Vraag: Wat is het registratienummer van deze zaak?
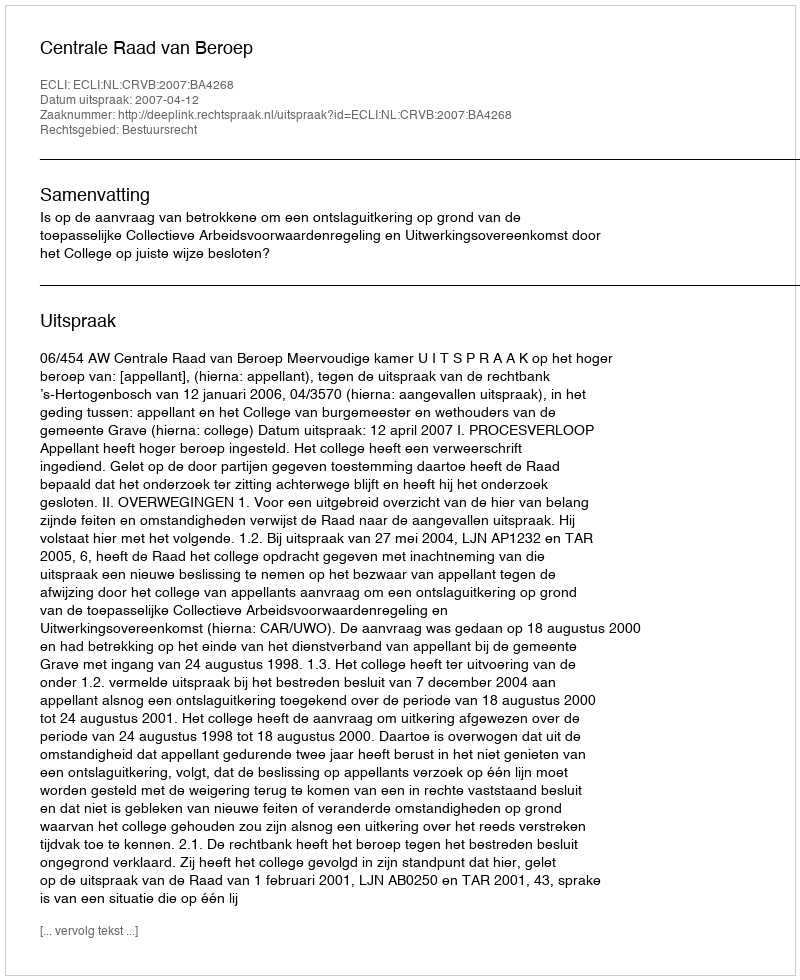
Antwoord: http://deeplink.rechtspraak.nl/uitspraak?id=ECLI:NL:CRVB:2007:BA4268